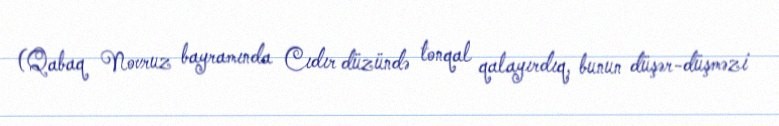
(Qabaq Novruz bayramında Cıdır düzündə tonqal qalayırdıq, bunun düşər-düşməzi